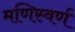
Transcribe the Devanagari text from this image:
मणिस्वर्ण